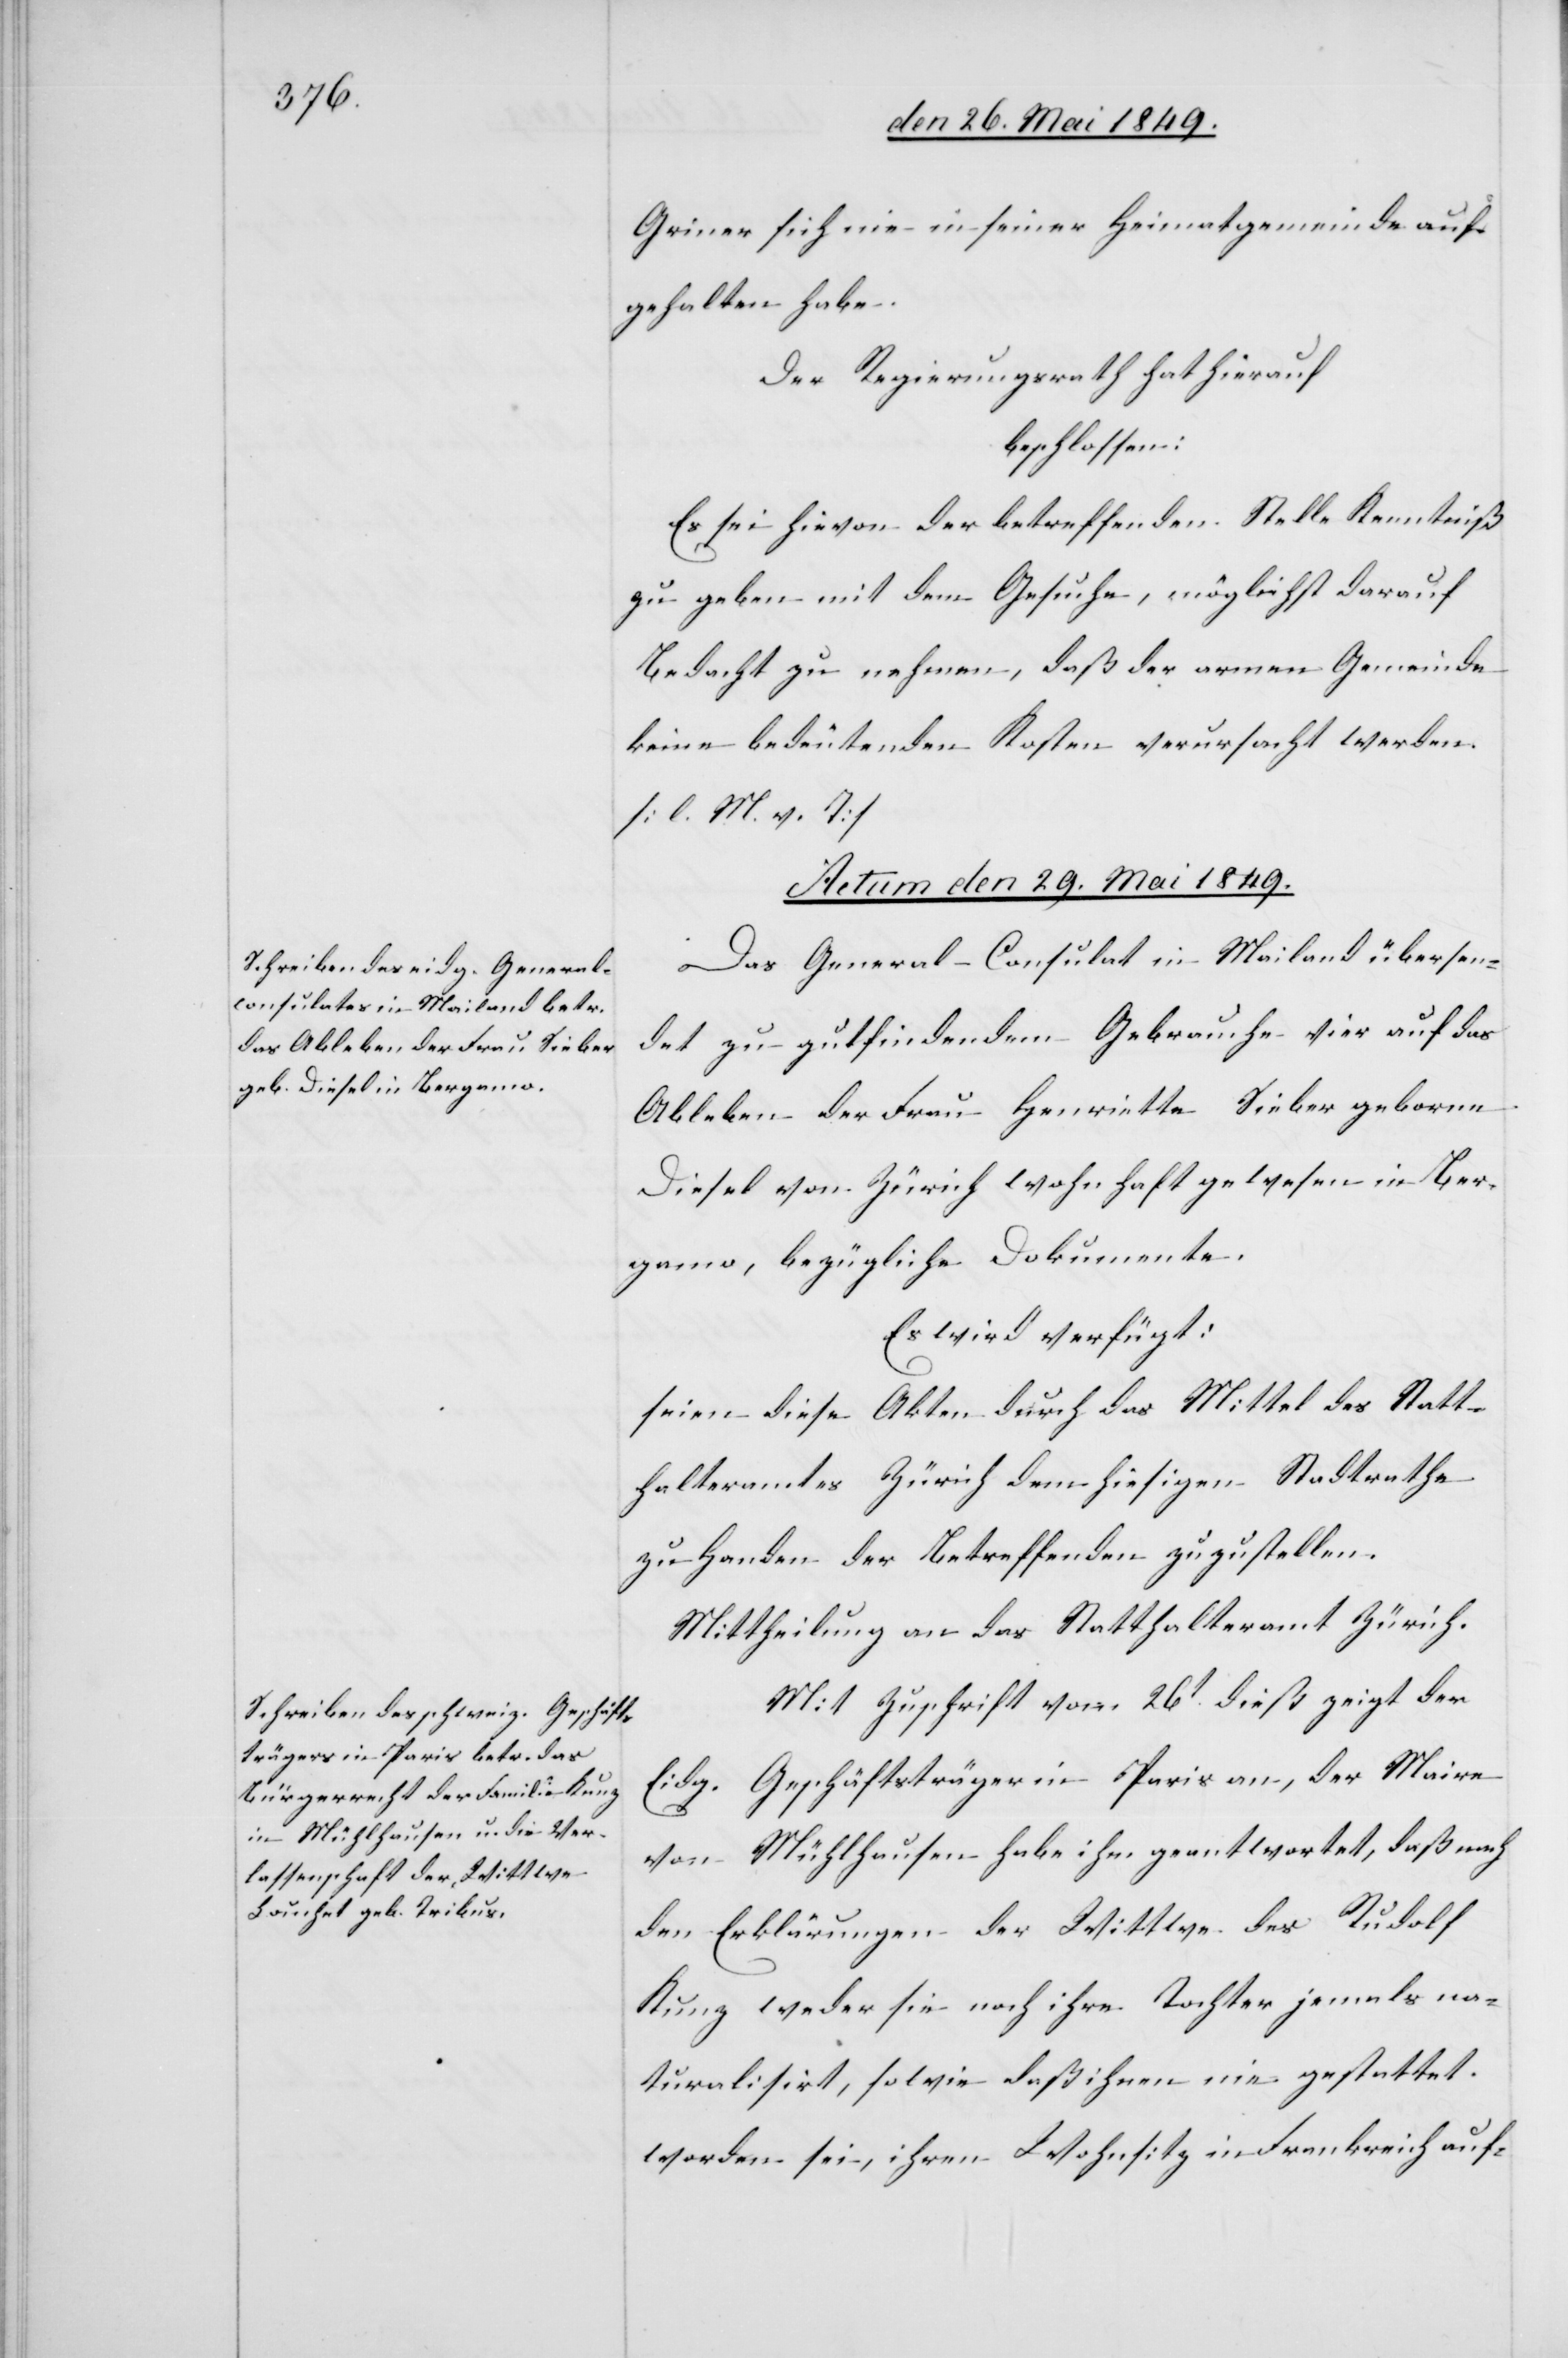
Griner sich nie in seiner Heimatgemeinde auf
gehalten habe.
Der Regierungsrath hat hierauf
beschlossen:
Es sei hievon der betreffenden Stelle Kenntniß
zu geben mit dem Gesuche, möglichst darauf
Bedacht zu nehmen, daß der armen Gemeinde
keine bedeutenden Kosten verursacht werden
[l. M. h. T][.]
Actum den 29. Mai 1849.]
Das General-Consulat in Mailand übersen¬
det zu gutfindendem Gebrauche vier auf das
Ableben der Frau Henriette Sieber geborene
Diesel von Zürich wohnhaft gewesen in Ber¬
gamo, bezügliche Dokumente
Es wird verfügt:
seien diese Akten durch das Mittel des Statt¬
halteramtes Zürich dem hiesigen Stadtrathe
zu Handen der Betreffenden zuzustellen.
Mittheilung an das Statthalteramt Zürich.
Mit Zuschrift vom 26t dieß zeigt der
Geschäftsträger in Paris an, der Maire
Eidg.
von Mühlhausen habe ihm geantwortet, daß nach
den Erklärungen der Wittwe des Rudolf
Kunz weder sie noch ihre Tochter jemals na¬
turalisirt, sowie daß ihnen nie gestattet
worden sei, ihren Wohnsitz in Frankreich auf-